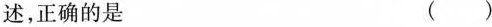
述，正确的是 ( )